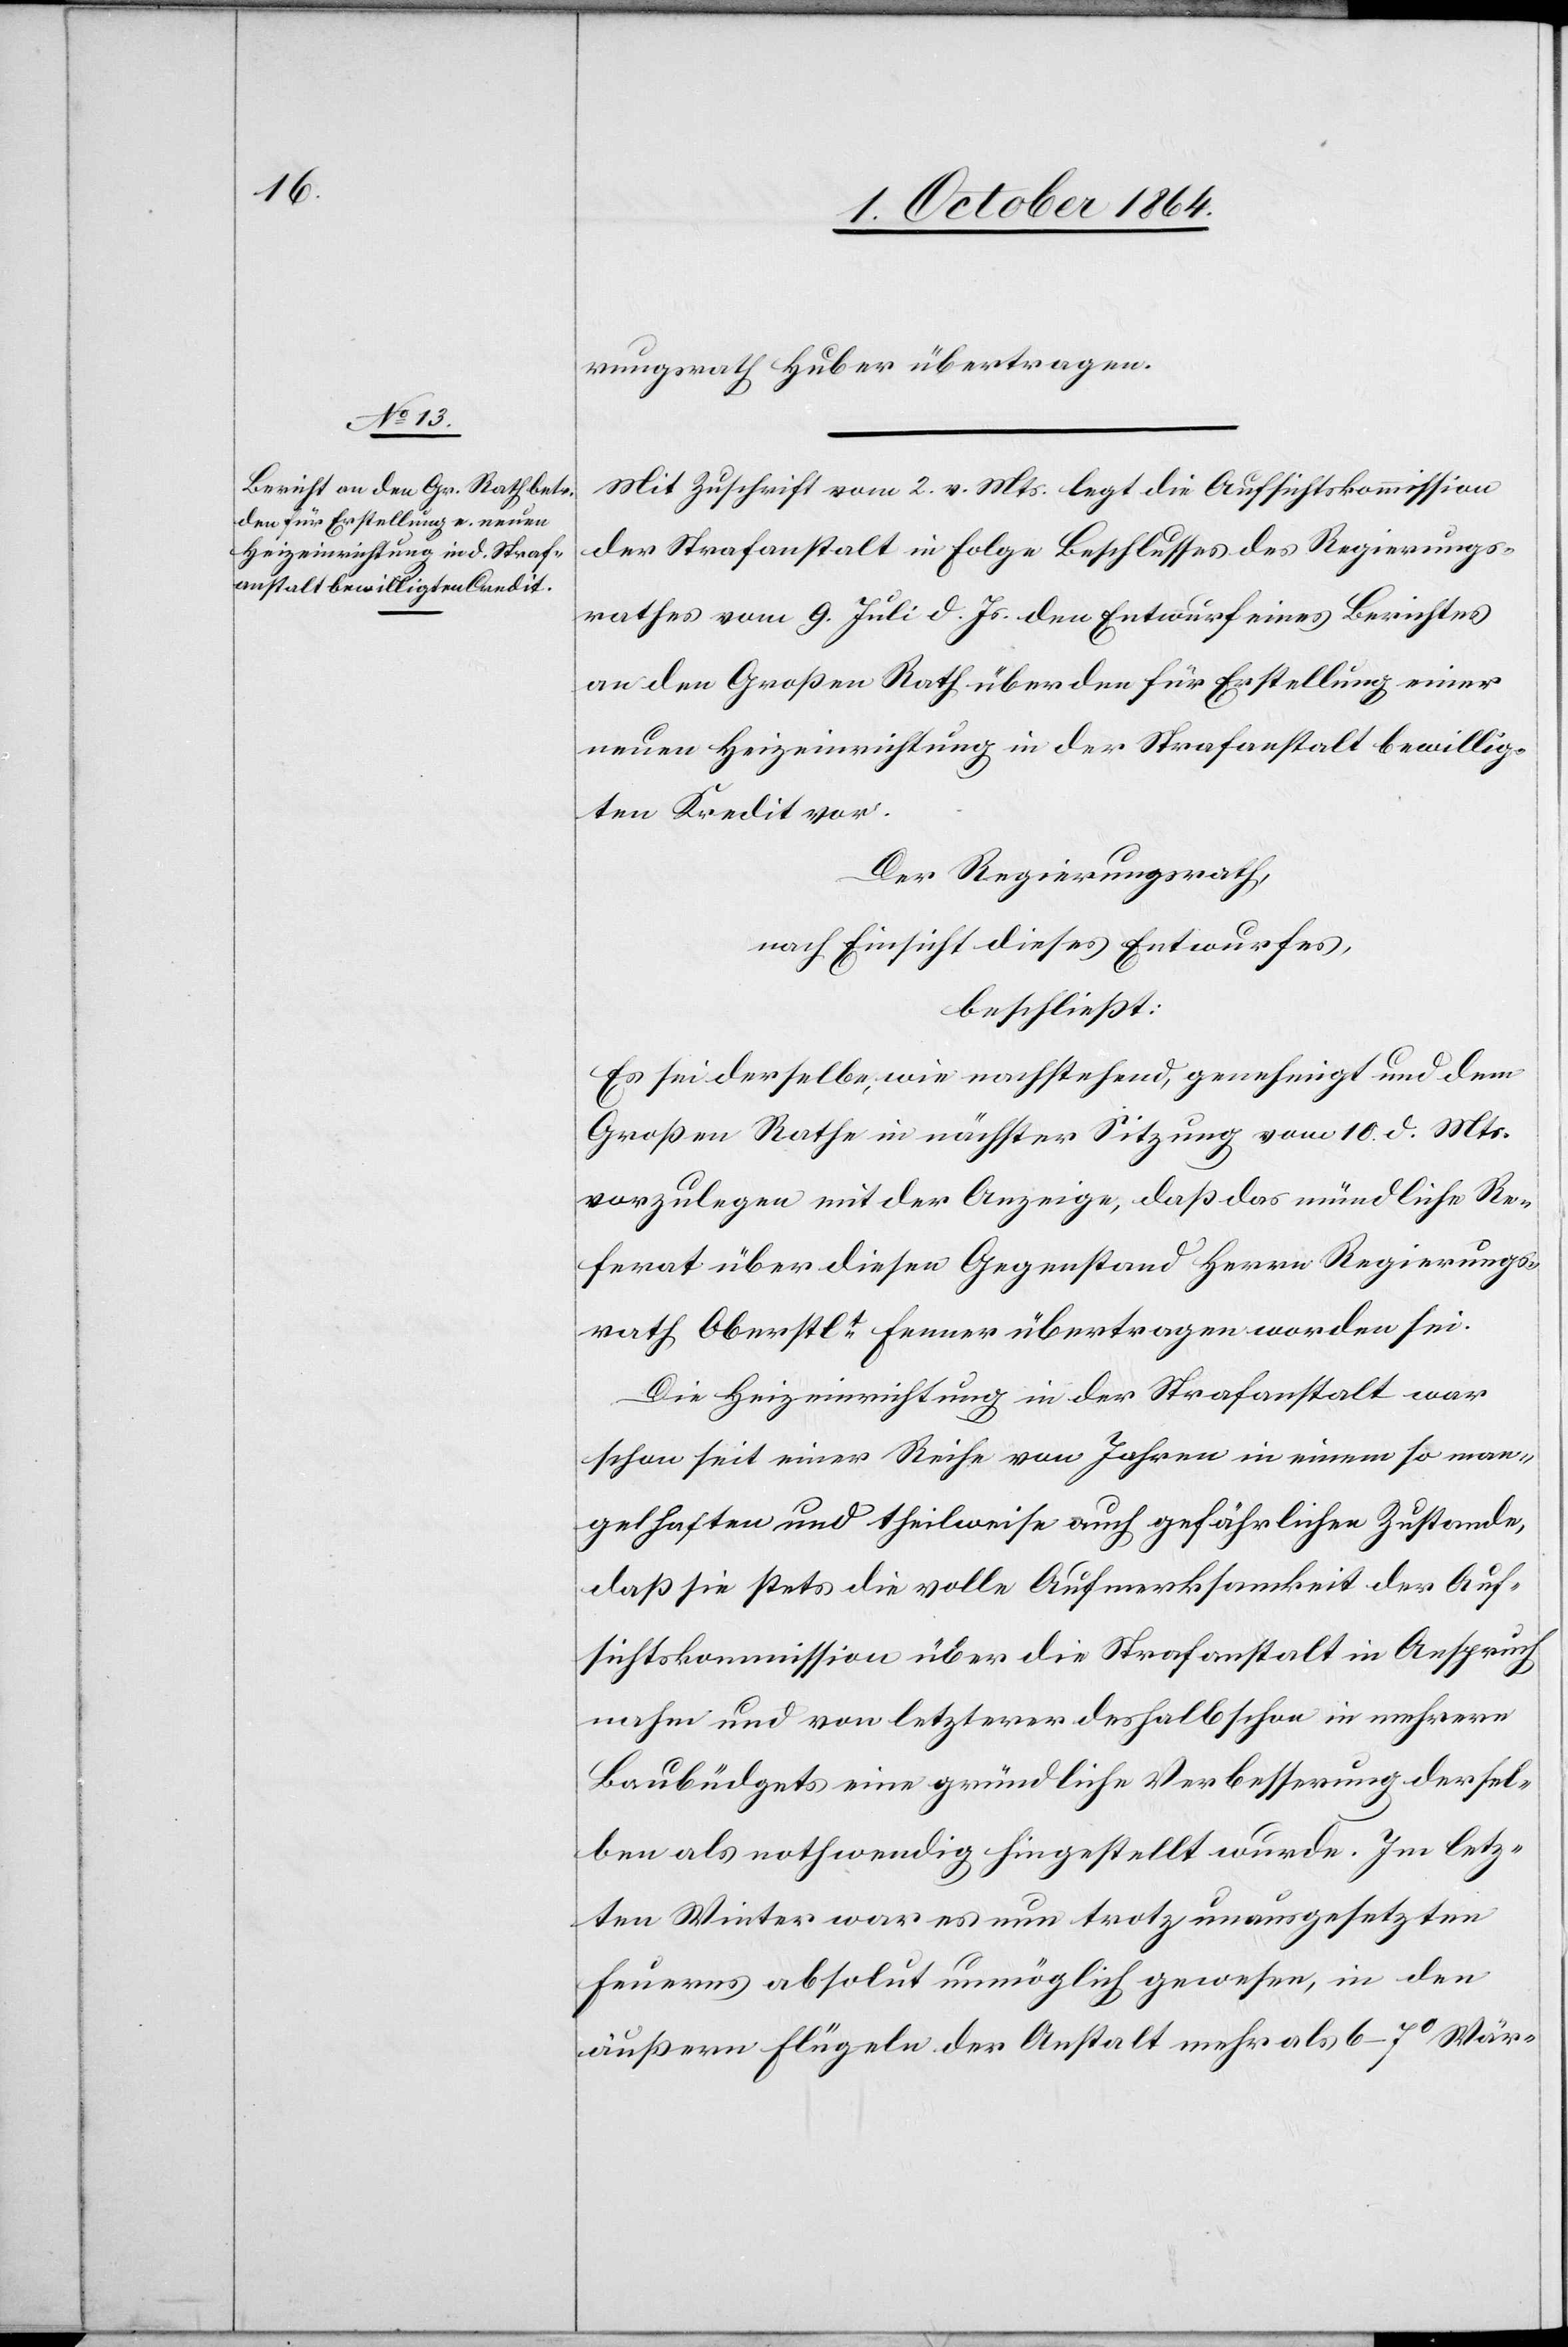
rungsrath Huber übertragen.
Mit Zuschrift vom 2. v. Mts. legt die Aufsichtskommission
der Strafanstalt in Folge Beschlusses des Regierungs¬
rathes vom 9. Juli d. Js. den Entwurf eines Berichtes
an den Großen Rath über den für Erstellung einer
neuen Heizeinrichtung in der Strafanstalt bewillig¬
ten Kredit vor.
Der Regierungsrath,
nach Einsicht dieses Entwurfes,
beschließt:
Es sei derselbe, wie nachstehend, genehmigt und dem
Großen Rathe in nächster Sitzung vom 10. d. Mts.
vorzulegen mit der Anzeige, daß das mündliche Re¬
ferat über diesen Gegenstand Herrn Regierungs¬
rath Oberstlt. Fenner übertragen worden sei.
Die Heizeinrichtung in der Strafanstalt war
schon seit einer Reihe von Jahren in einem so man¬
gelhaften und theilweise auch gefährlichen Zustande,
daß sie stets die volle Aufmerksamkeit der Auf¬
sichtskommission über die Strafanstalt in Anspruch
nahm und von letzterer deshalb schon in mehrern
Baubüdgets eine gründliche Verbesserung dersel¬
ben als nothwendig hingestellt wurde. Im letz¬
ten Winter war es nun trotz unausgesetzen
Feuerns absolut unmöglich gewesen, in den
äußern Flügeln der Anstalt mehr als 6–7° Wär-